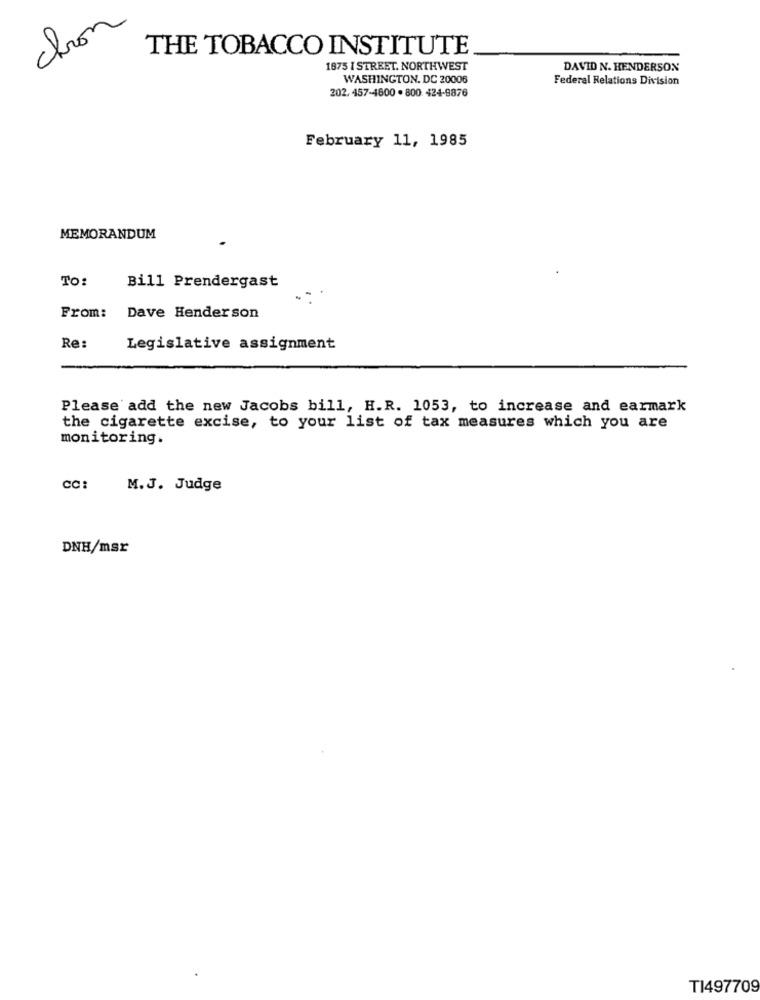
chon
THE TOBACCO INSTITUTE
1875 I STREET. NORTHWEST
DAVID N. HENDERSON
WASHINGTON, DC 20006
Federal Relations Division
202. 457-4800 . 800 424-9876
February 11, 1985
MEMORANDUM
TO:
Bill Prendergast
From:
Dave Henderson
Re:
Legislative assignment
Please add the new Jacobs bill, H.R. 1053, to increase and earmark
the cigarette excise, to your list of tax measures which you are
monitoring.
cc:
M.J. Judge
DNH/msr
T1497709